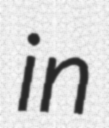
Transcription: in